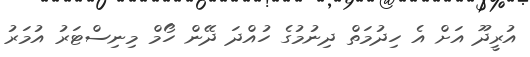
އުރީދޫ އަށް އެ ހިދުމަތް ދިނުމުގެ ހުއްދަ ދޭން ހޯމް މިނިސްޓަރު އުމަރު